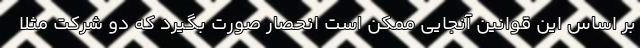
بر اساس این قوانین آنجایی ممکن است انحصار صورت بگیرد که دو شرکت مثلا